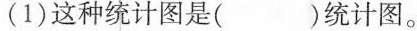
(1)这种统计图是()统计图。